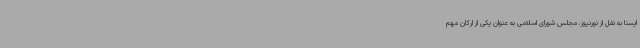
ایسنا به نقل از نورنیوز، مجلس شورای اسلامی به عنوان یکی از ارکان مهم